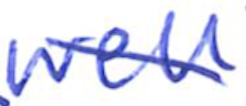
Text: well
Cross-out: diagonal
Writing tool: ballpoint